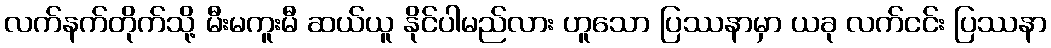
လက်နက်တိုက်သို့ မီးမကူးမီ ဆယ်ယူ နိုင်ပါမည်လား ဟူသော ပြဿနာမှာ ယခု လက်ငင်း ပြဿနာ